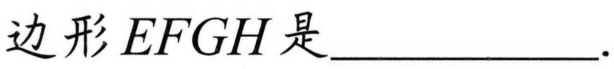
边形\(EFGH\)是____________.